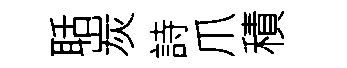
聒炭詩爪積